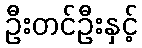
ဦးတင်ဦးနှင့်